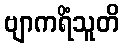
ဗျာကရိံသူတိ